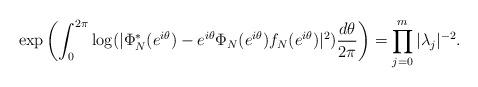
LaTeX: \begin{align*}\exp\left(\int_0^{2\pi}\log(|\Phi_N^*(e^{i\theta})-e^{i\theta}\Phi_N(e^{i\theta})f_N(e^{i\theta})|^2)\frac{d\theta}{2\pi}\right)=\prod_{j=0}^m|\lambda_{j}|^{-2}.\end{align*}